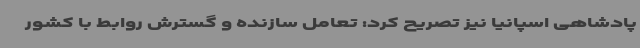
پادشاهی اسپانیا نیز تصریح کرد: تعامل سازنده و گسترش روابط با کشور